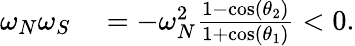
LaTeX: \begin{array}{rl}{\omega_{N}\omega_{S}}&{{}=-\omega_{N}^{2}\frac{1-\cos(\theta_{2})}{1+\cos(\theta_{1})}<0.}\end{array}